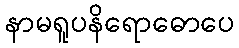
နာမရူပနိရောဓောပေ